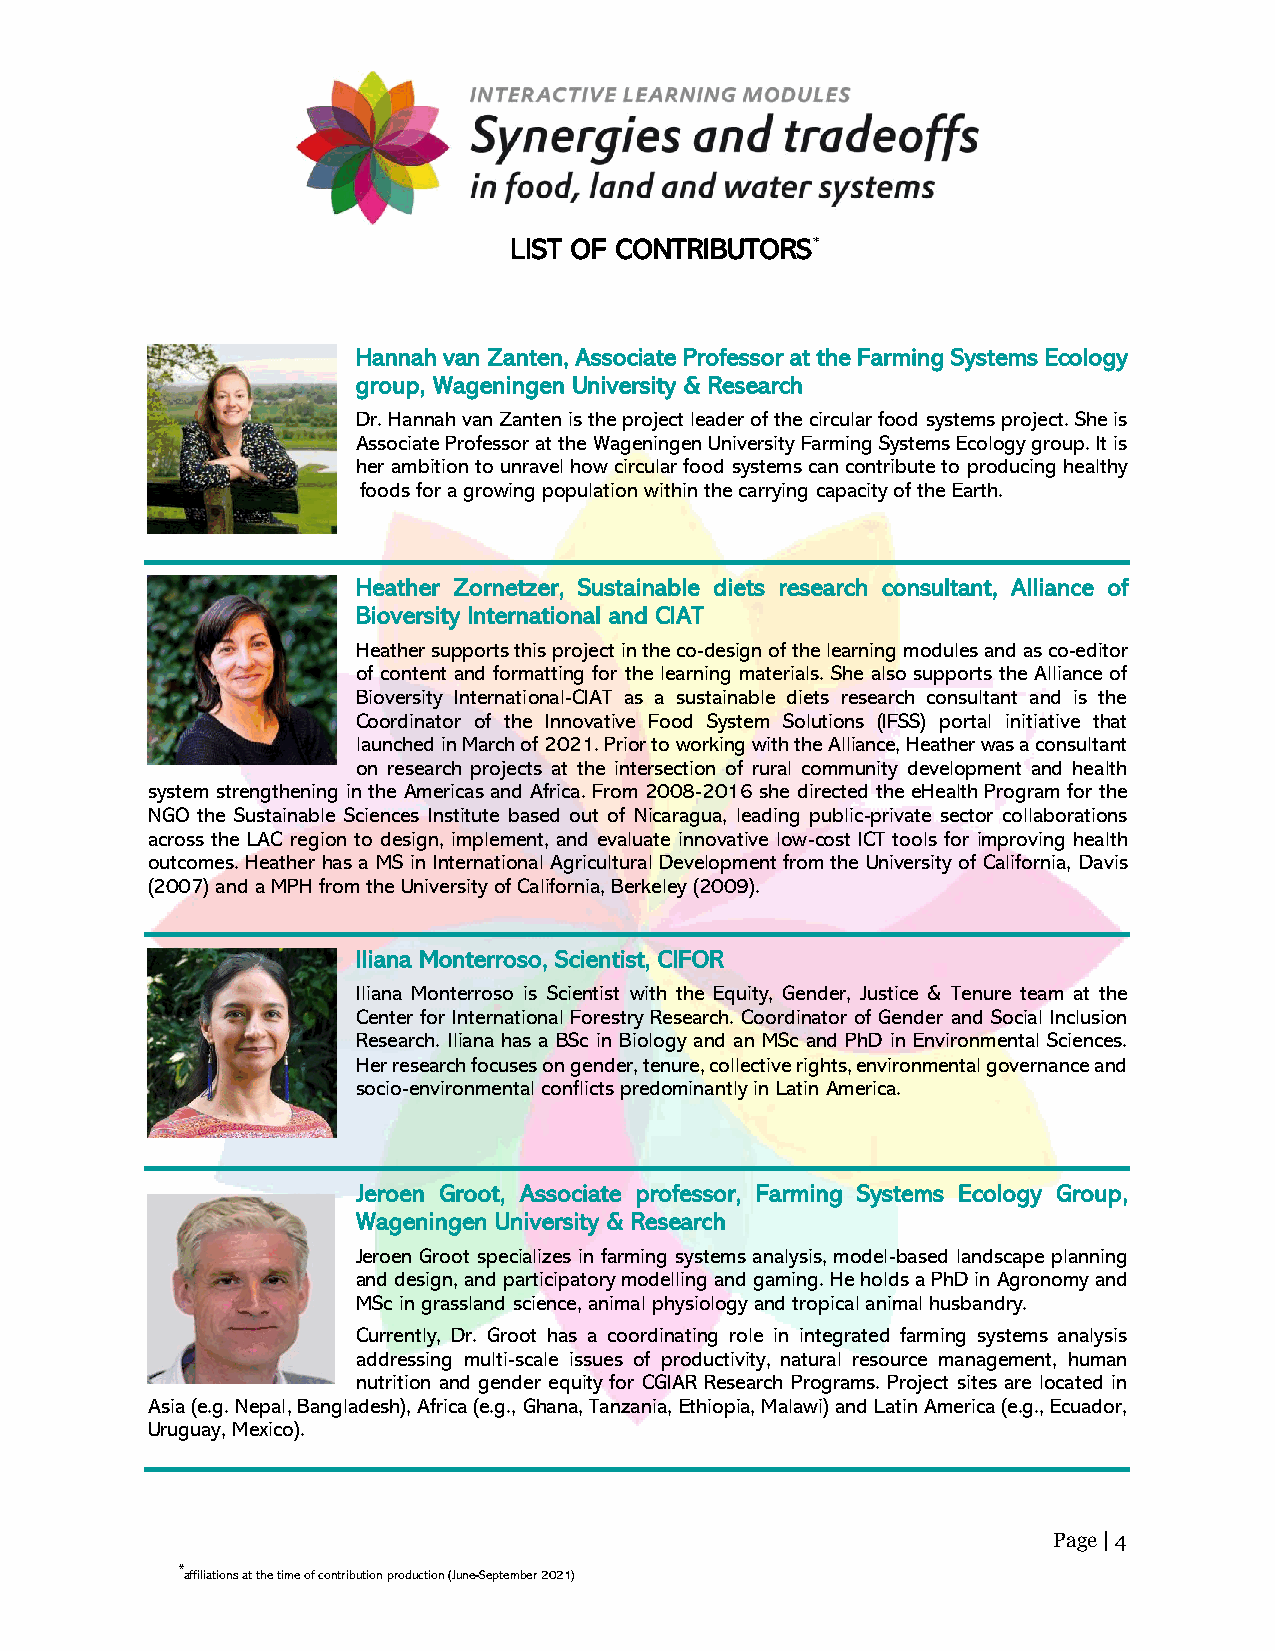
LIST OF CONTRIBUTORS*
 Hannah van Zanten, Associate Professor at the Farming Systems Ecology
 group, Wageningen University & Research
 Dr. Hannah van Zanten is the project leader of the circular food systems project. She is
 Associate Professor at the Wageningen University Farming Systems Ecology group. It is
 her ambition to unravel how circular food systems can contribute to producing healthy
 foods for a growing population within the carrying capacity of the Earth.
 Heather Zornetzer, Sustainable diets research consultant, Alliance of
 Bioversity International and CIAT
 Heather supports this project in the co-design of the learning modules and as co-editor
 of content and formatting for the learning materials. She also supports the Alliance of
 Bioversity International-CIAT as a sustainable diets research consultant and is the
 Coordinator of the Innovative Food System Solutions (IFSS) portal initiative that
 launched in March of 2021. Prior to working with the Alliance, Heather was a consultant
 on research projects at the intersection of rural community development and health
 system strengthening in the Americas and Africa. From 2008-2016 she directed the eHealth Program for the
 NGO the Sustainable Sciences Institute based out of Nicaragua, leading public-private sector collaborations
 across the LAC region to design, implement, and evaluate innovative low-cost ICT tools for improving health
 outcomes. Heather has a MS in International Agricultural Development from the University of California, Davis
 (2007) and a MPH from the University of California, Berkeley (2009).
 Iliana Monterroso, Scientist, CIFOR
 Iliana Monterroso is Scientist with the Equity, Gender, Justice & Tenure team at the
 Center for International Forestry Research. Coordinator of Gender and Social Inclusion
 Research. Iliana has a BSc in Biology and an MSc and PhD in Environmental Sciences.
 Her research focuses on gender, tenure, collective rights, environmental governance and
 socio-environmental conflicts predominantly in Latin America.
 Jeroen Groot, Associate professor, Farming Systems Ecology Group,
 Wageningen University & Research
 Jeroen Groot specializes in farming systems analysis, model-based landscape planning
 and design, and participatory modelling and gaming. He holds a PhD in Agronomy and
 MSc in grassland science, animal physiology and tropical animal husbandry.
 Currently, Dr. Groot has a coordinating role in integrated farming systems analysis
 addressing multi-scale issues of productivity, natural resource management, human
 nutrition and gender equity for CGIAR Research Programs. Project sites are located in
 Asia (e.g. Nepal, Bangladesh), Africa (e.g., Ghana, Tanzania, Ethiopia, Malawi) and Latin America (e.g., Ecuador,
 Uruguay, Mexico).
 Page | 4
 *affiliations at the time of contribution production (June-September 2021)